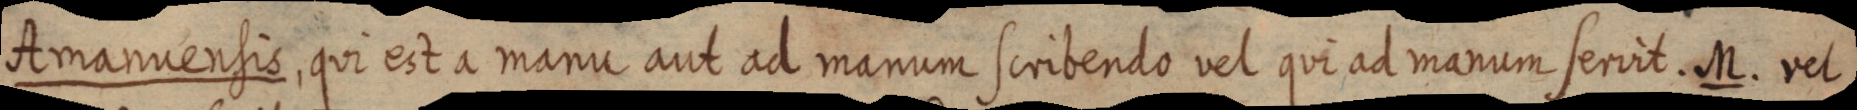
Amanuensis, qui est a manu aut ad manum scribendo vel qui ad manum servit. M. vel